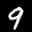
Label: 9